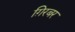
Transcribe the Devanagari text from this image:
ग़िरबर